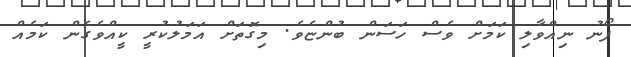
ފޯނު ނިއްވާލި ކަމަށް ވެސް ހަސަން ބުންޏެވެ. މިގޮތަށް އަމަލުކުރީ ކީއްވެގެން ކަމެއް